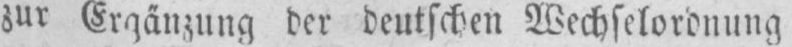
zur Ergänzung der deutschen Wechselordnung